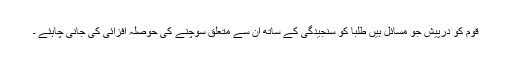
قوم کو درپیش جو مسائل ہیں طلبا کو سنجیدگی کے ساتھ ان سے متعلق سوچنے کی حوصلہ افزائی کی جانی چاہئے ۔